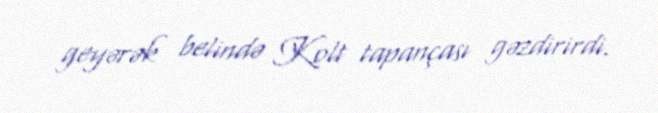
geyərək belində Kolt tapançası gəzdirirdi.